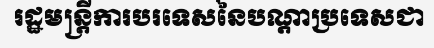
រដ្ឋមន្ត្រីការបរទេសនៃបណ្តាប្រទេសជា